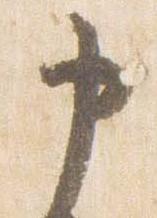
申